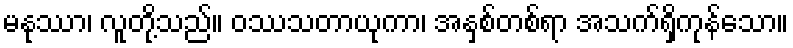
မနုဿာ၊ လူတို့သည်။ ဝဿသတာယုကာ၊ အနှစ်တစ်ရာ အသက်ရှိကုန်သော။